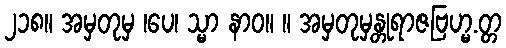
၂၁၈။ အမှတုမှ ၊ပေ၊ သ္မာ နာဝ။ ။ အမှတုမှန္တုရာဇဗြဟ္မ.တ္တ